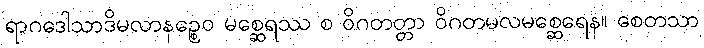
ရာဂဒေါသာဒိမလာနဉ္စေဝ မစ္ဆေရဿ စ ဝိဂတတ္တာ ဝိဂတမလမစ္ဆေရေန။ စေတသာ